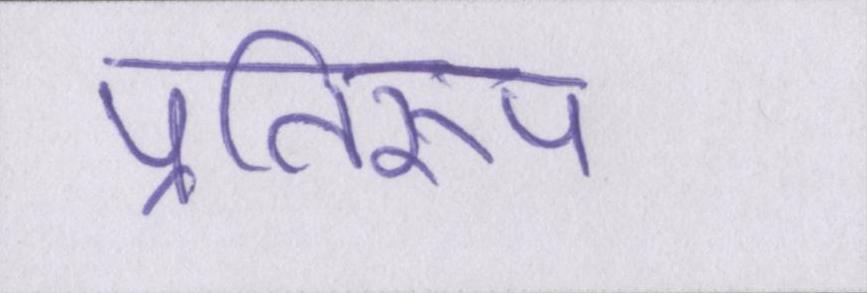
प्रतिरूप